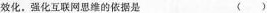
效化，强化互联网思维的依据是 ()